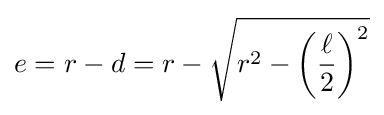
e=r-d=r-{\sqrt {r^{2}-\left({\frac {\ell }{2}}\right)^{2}}}